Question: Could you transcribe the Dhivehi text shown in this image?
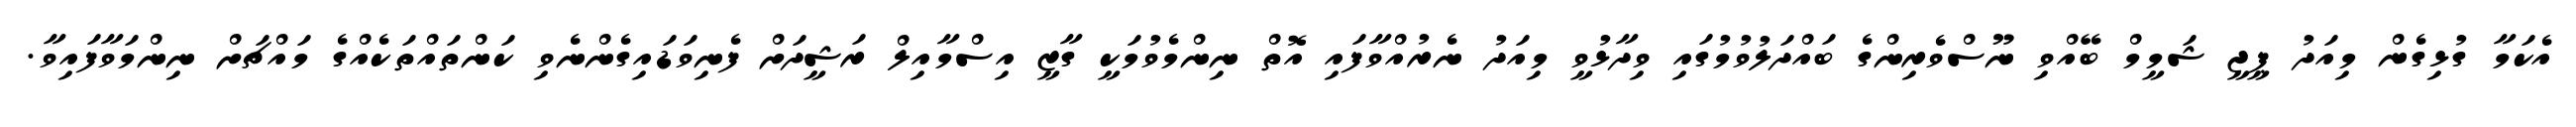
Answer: އެކަމާ ގުޅިގެން މިއަދު ޕީޖީ ޝަމީމް ބޭއްވި ނޫސްވެރިންގެ ބައްދަލުވުމުގައި ވިދާޅުވީ މިއަދު ނެރުއްވާފައި އޮތް ނިންމެވުމަކީ ގާޒީ އިސްމާއިލް ރަޝީދަށް ފެނިވަޑައިގެންނެވި ކަންތައްތަކެއްގެ މައްޗަށް ނިންމަވާފައިވާ.